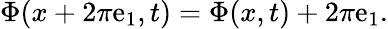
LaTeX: \Phi(x+2\pi\mathrm{e}_{1},t)=\Phi(x,t)+2\pi\mathrm{e}_{1}.